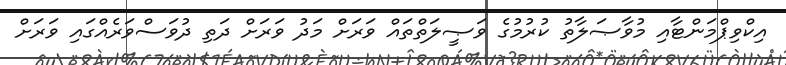
އިކްވިޕްމަންޓާއި މުވާޞަލާތު ކުރުމުގެ ވަޞީލަތްތައް ވަރަށް މަދު ވަރަށް ދަތި ދުވަސްވަރެއްގައި ވަރަށް